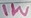
Text: 1W